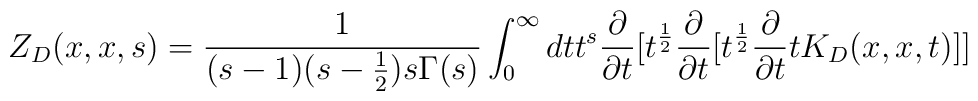
Z_D(x,x,s) = {1\over{(s-1)(s-{1\over 2})s\Gamma(s)}}\int_0^{\infty} dt t^{s}{{\partial}\over{\partial t}}[t^{1\over 2}{{\partial}\over{\partial t}}[t^{1\over 2}{{\partial}\over{\partial t}} t K_D(x,x,t)]]